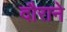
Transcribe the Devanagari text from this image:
दौराने